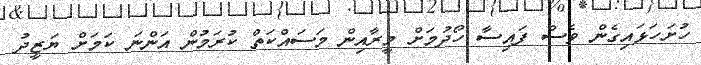
ހުށަހަޅައިގެން ވެސް ފައިސާ ހޯދުމަށް މީރާއިން މަސައްކަތް ކުރަމުން އަންނަ ކަމަށް ޔަޒީދު